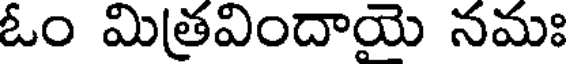
ఓం మిత్రవిందాయె నమః